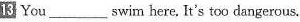
13 You ___ swim here. It's too dangerous.